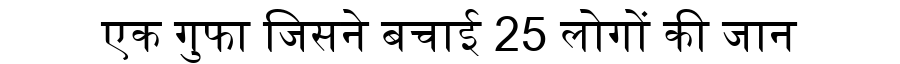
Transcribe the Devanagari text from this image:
एक गुफा जिसने बचाई 25 लोगों की जान